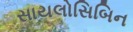
સાયલોસિબિન